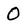
Character: 0